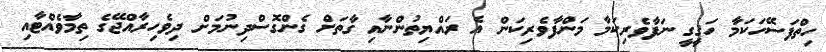
ހިތްފަސޭހަކަމާ ހަޤީގީ ނަފާވެރިކަމާ މަންފާވެރިކަން އެ ރައްޔިތުންނާއި ގާތަށް ގެންގޮސްދިނުމަށް ދިވެހިރާއްޖޭގެ ތިމާވެއްޓާއި